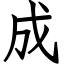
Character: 成